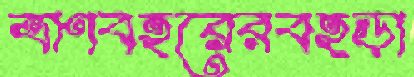
ত্রাণবহরেরবহড়া